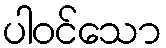
ပါဝင်သော